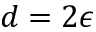
d = 2 \epsilon